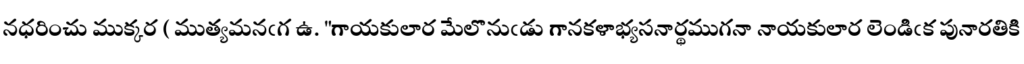
నధరించు ముక్కర ( ముత్యమనఁగ ఉ. "గాయకులార మేలొనుఁడు గానకళాభ్యసనార్థముగనా నాయకులార లెండిఁక పునారతికి